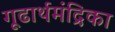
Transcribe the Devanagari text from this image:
गूढार्थमंद्रिका